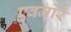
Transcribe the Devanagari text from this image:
एवमोरे